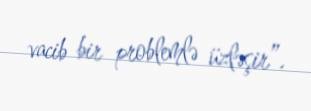
vacib bir problemlə üzləşir”.